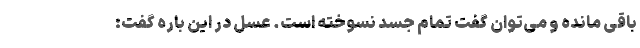
باقی مانده و می‌توان گفت تمام جسد نسوخته است. عسل در این باره گفت: